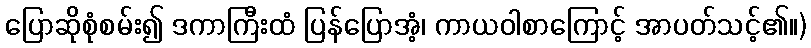
ပြောဆိုစုံစမ်း၍ ဒကာကြီးထံ ပြန်ပြောအံ့၊ ကာယဝါစာကြောင့် အာပတ်သင့်၏။)